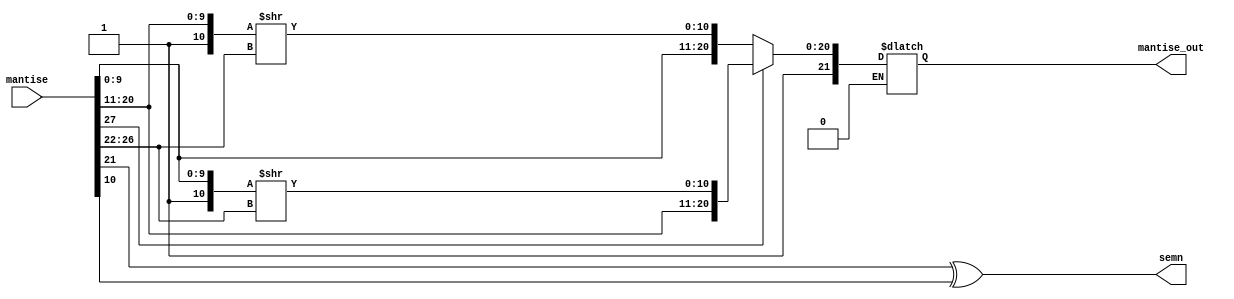
`timescale 1ns / 1ps
//////////////////////////////////////////////////////////////////////////////////
// Company: 
// Engineer: 
// 
// Design Name: 
// Module Name: AliniereMantise
// Project Name: 
// Target Devices: 
// Tool Versions: 
// Description: 
// 
// Dependencies: 
// 
// Revision:
// Revision 0.01 - File Created
// Additional Comments:
// 
//////////////////////////////////////////////////////////////////////////////////


module AliniereMantise(mantise, mantise_out, semn);
    input wire [27:0] mantise;
    output reg [21:0] mantise_out;
    output reg semn;
    //output reg op;
    
    reg [5:0] valoare;
	reg [10:0] mantisa1, mantisa2;
	reg semn1, semn2;
    
    always @ (mantise)
        begin
            valoare = mantise[27:22];
            mantisa1 = mantise[21:11];
			mantisa2 = mantise[10:0];
			
			semn1 = mantisa1[10];
			semn2 = mantisa2[10];
			
			mantisa1[10] = 1'b1;
			mantisa2[10] = 1'b1;
			
			semn = semn1 ^ semn2;
			if (valoare[5] == 1'b1) // exponent1 > exponent2
				begin
					mantisa2 = mantisa2 >> valoare[4:0];
					mantise_out = {mantisa1, mantisa2};
					//semn = semn1;
				end
			else if (valoare[5] == 1'b0) // exponent2 > exponent1
				begin
					mantisa1 = mantisa1 >> valoare[4:0];
					mantise_out = {mantisa2, mantisa1};
					//semn = semn2;
				end
        end
    
endmodule